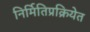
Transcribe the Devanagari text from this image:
निर्मितिप्रक्रियेत